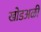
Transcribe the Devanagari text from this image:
खोडअळी